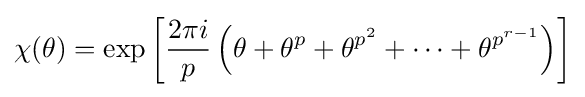
\chi (\theta )=\exp \left[{\frac {2\pi i}{p}}\left(\theta +\theta ^{p}+\theta ^{p^{2}}+\cdots +\theta ^{p^{r-1}}\right)\right]